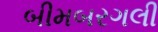
બીમબરગલી